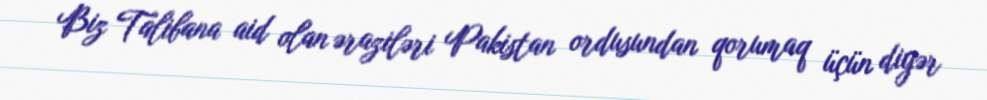
Biz Talibana aid olan əraziləri Pakistan ordusundan qorumaq üçün digər